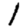
Digit: 1